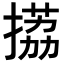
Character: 𢲊